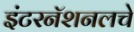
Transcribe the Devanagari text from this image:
इंटरनॅशनलचे